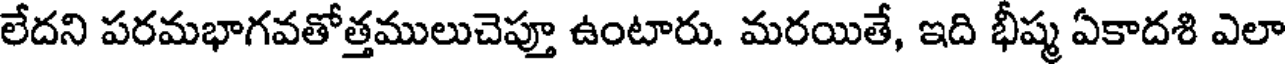
లేదని పరమభాగవతోత్తములుచెప్తూ ఉంటారు. మరయితే, ఇది భీష్మ ఏకాదశి ఎలా